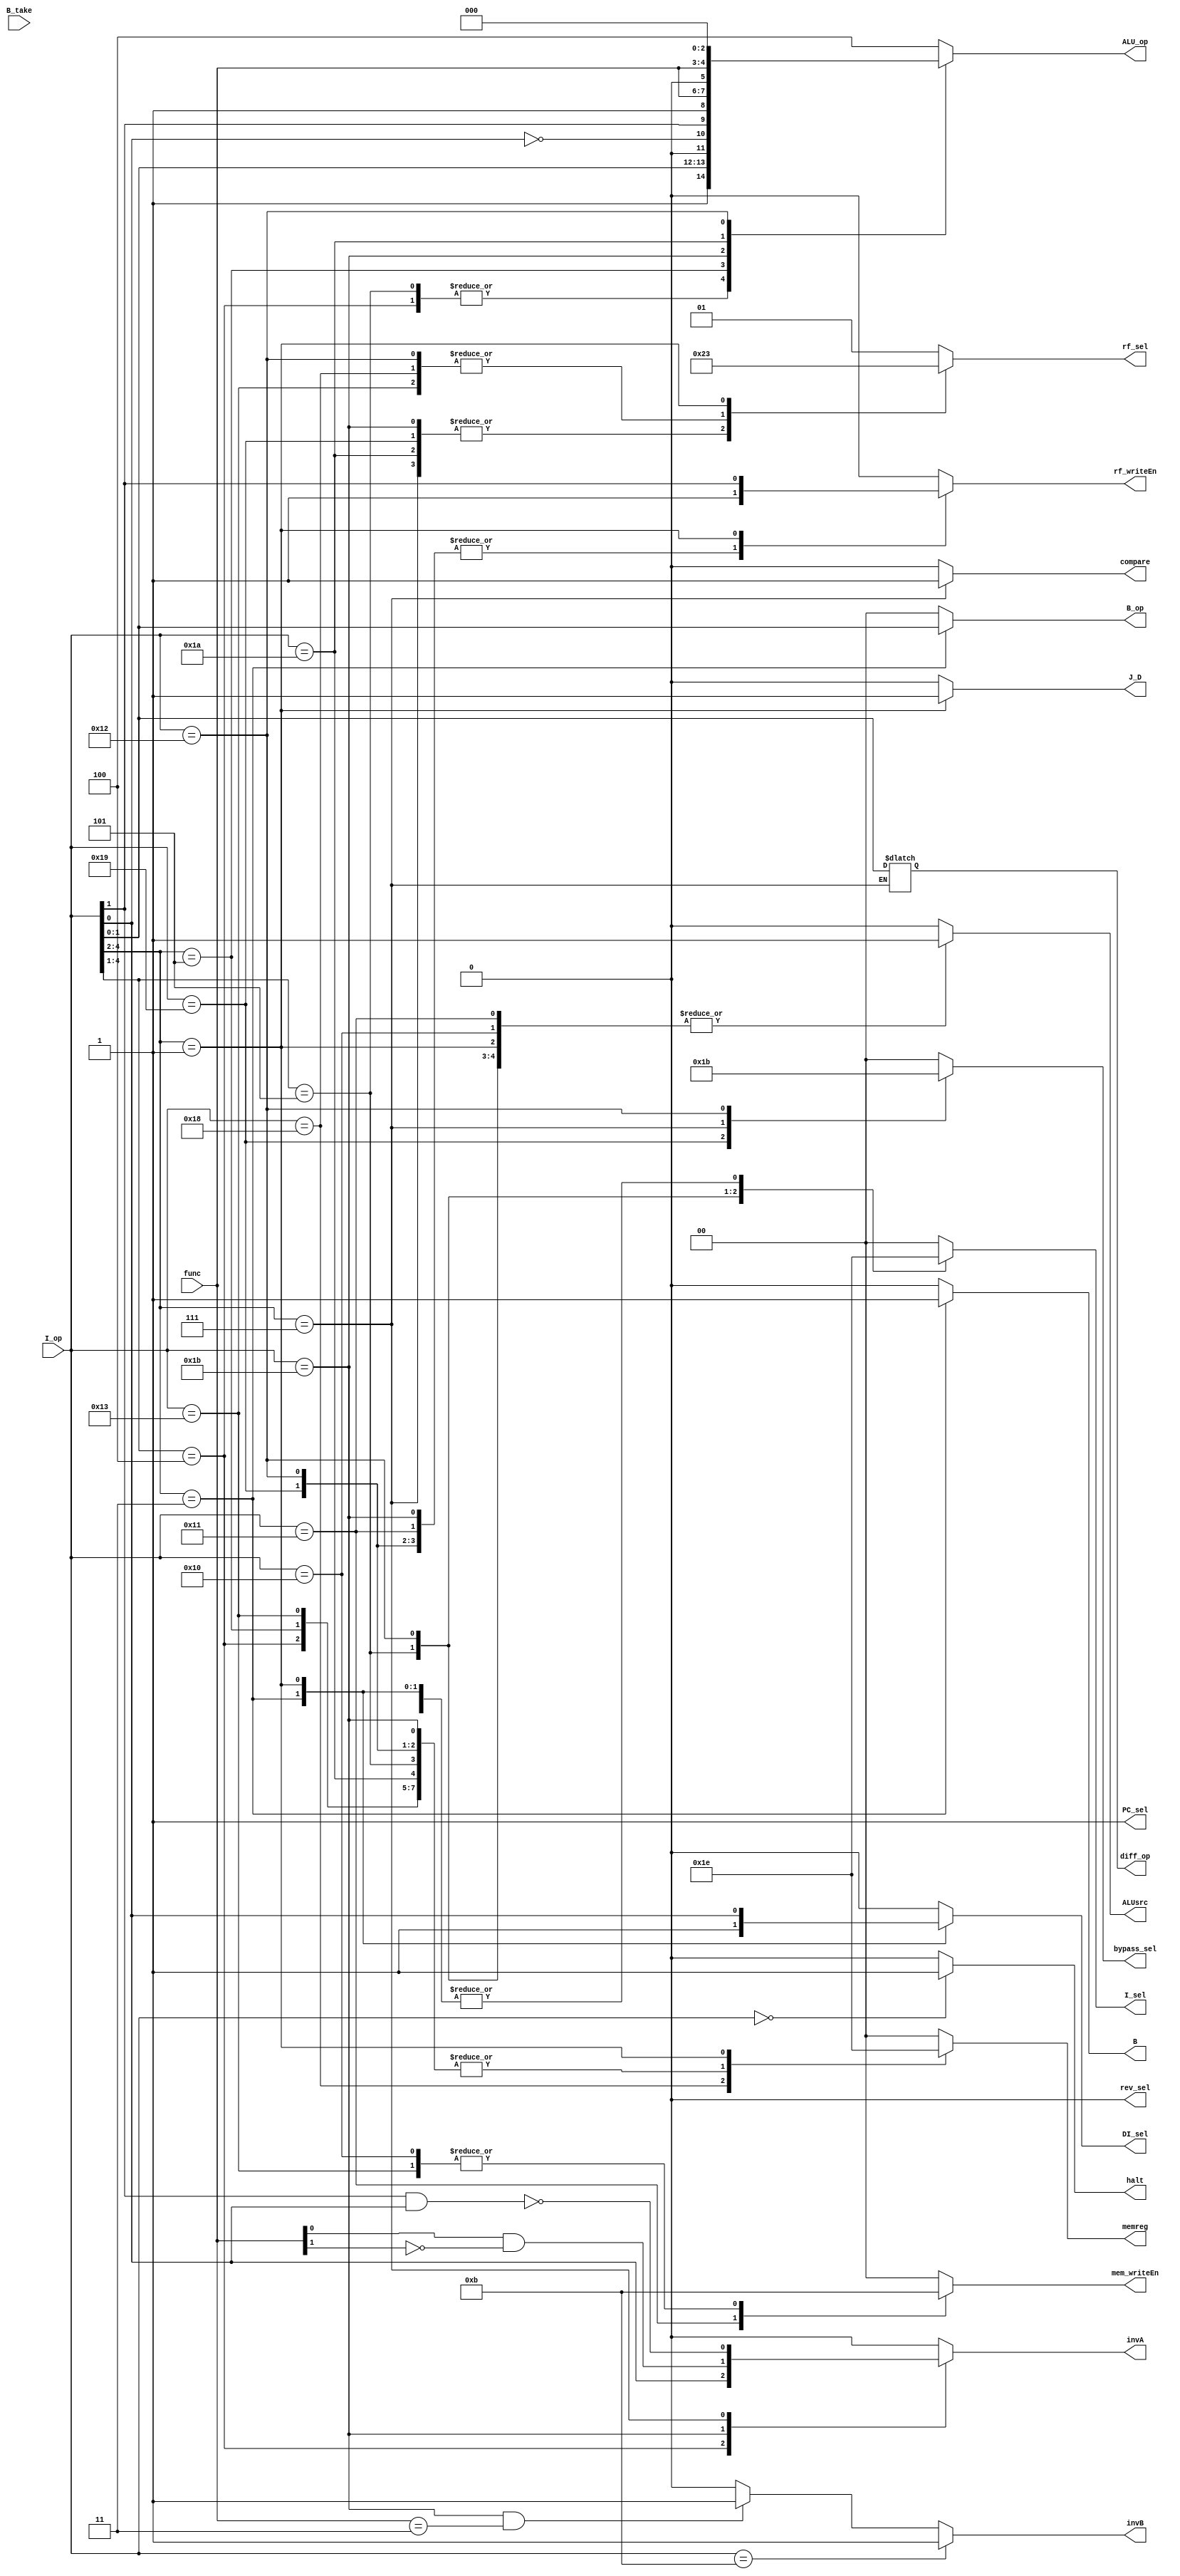
`default_nettype none
module control (/*F*/	halt,
				/*Ctr*/	J_D,
				/*D*/	rf_sel, I_sel, rf_writeEn, I_op, 
				/*EX*/	ALUsrc, ALU_op, PC_sel, DI_sel, rev_sel, func, invB, invA, B_op, B, bypass_sel, B_take,
				/*MEM*/	mem_writeEn, 
				/*WB*/	memreg, diff_op, compare);
				
    output reg [1:0] rf_sel, memreg, diff_op, I_sel, mem_writeEn, B_op, bypass_sel;
	output reg J_D,	rf_writeEn, PC_sel, DI_sel, compare, rev_sel, ALUsrc, B, invA, halt;
	output reg [2:0] ALU_op;
	output wire invB;
    input wire [4:0] I_op;
	input wire [1:0] func;
	input wire B_take;

    assign invB = (I_op == 5'b01011)? 1'b1: ((I_op==5'b11011) & (func == 2'b11))? 1'b1: 1'b0; 
	//assign halt = (I_op == 5'b00000)? 1'b1: 1'b0;
	always @* begin
		/*F*/	
		halt = 1'b0;
		J_D = 1'b0;
		rf_writeEn = 1'b0;
		mem_writeEn = 2'b00;
		PC_sel = 1'b1;
		I_sel = 2'b00;
		ALU_op = 3'b100;
		ALUsrc = 1'b0;
		memreg = 2'b00;	//
		rev_sel = 1'b0;
		compare = 1'b0;
		rf_sel = 2'b01;
		bypass_sel = 2'b00;
		invA = 1'b0;
		B = 1'b0;
		B_op = 2'b00;
		DI_sel = 1'b0;
		
		casex (I_op)
		5'b00000 : begin /*Halt*/ 
						/*F*/	halt = 1'b1;
								rf_writeEn = 1'b0; 
								mem_writeEn = 2'b00; 
					end 
			
		5'b00001 : begin /*NOP*/ 
			rf_writeEn = 1'b0; 
			mem_writeEn = 2'b00; 
			end 
		5'b0100? : begin /*ADDI, SUBI*/ 
						/*D*/ 	rf_sel = 2'b01;	I_sel = 2'b00; rf_writeEn = 1'b1; 
						/*EX*/	ALU_op = {1'b1, I_op[1:0]};	ALUsrc = 1'b1;	PC_sel = 1'b1; bypass_sel = 2'b00; invA = I_op[0];
						/*MEM*/	mem_writeEn = 2'b00; 
						/*WB*/	memreg = 2'b11;
			end 
		5'b0101? : begin /*XORI, ANDNI*/ 
			rf_writeEn = 1'b1; 
			mem_writeEn = 2'b00; 
			PC_sel = 1'b1;
			I_sel = 2'b01;
			ALU_op = {1'b1, I_op[1:0]};
			ALUsrc = 1'b1;
			memreg = 2'b11;
			rev_sel = 1'b0;
			compare = 1'b0;
			
			
			/*D*/ rf_sel = 2'b01;
			end 
		5'b101?? : begin /*ROLI, RORI...*/ 
			rf_writeEn = 1'b1; 
			PC_sel = 1'b1;		
			ALU_op = {1'b0, ~I_op[0], I_op[1]}; //Rotate
			ALUsrc = 1'b1;
			memreg = 2'b11;
			/*D*/ rf_sel = 2'b01;
			end 
		5'b10000 : begin /*ST*/ 
			rf_writeEn = 1'b0; 
			mem_writeEn = 2'b11; 
			PC_sel = 1'b1;
			I_sel = 2'b00;
			ALU_op = 3'b100; //Add
			ALUsrc = 1'b1;
			
			end 
		5'b10001 : begin /*LD*/ 
			rf_writeEn = 1'b1; 
			mem_writeEn = 2'b10; 
			PC_sel = 1'b1;
			I_sel = 2'b00;
			ALU_op = 3'b100; //Add
			ALUsrc = 1'b1;
			memreg = 2'b00;
			compare = 1'b0;
			
			/*D*/ rf_sel = 2'b01;
			end 
		5'b10011 : begin /*STU*/ 
			rf_writeEn = 1'b1; 
			mem_writeEn = 2'b11; 
			PC_sel = 1'b1;
			ALU_op = 3'b100; //Add
			ALUsrc = 1'b1;
			memreg = 2'b11;
			compare = 1'b0;
			
			/*D*/ rf_sel = 2'b00;
			end 
		5'b11001 : begin /*BTR*/ 
			rf_writeEn = 1'b1; 
			/*EX*/bypass_sel = 2'b01;
			/*D*/ rf_sel = 2'b10;
			/*MEM*/memreg = 2'b11;
			end 
		5'b11011 : begin /*ADD, SUB...*/ 
			rf_writeEn = 1'b1; 
			mem_writeEn = 2'b00; 
			PC_sel = 1'b1;
			/*EX*/ALU_op = {1'b1, func}; invA = func[0] & ~func[1];
			/*MEM*/memreg = 2'b11;
			/*D*/ rf_sel = 2'b10;
			end 
		5'b11010 : begin /*SLL...*/ 
						rf_writeEn = 1'b1; 
						PC_sel = 1'b1;
						ALU_op = {1'b0, func};
						/*D*/ rf_sel = 2'b10;
						/*MEM*/ memreg = 2'b11;
			end 
		5'b111?? : begin /*SEQ, SLT,	SCO...*/ 
						/*D*/ 	rf_sel = 2'b10; rf_writeEn = 1'b1; 
						/*EX*/	ALU_op = 3'b100; invA = ~(I_op[1] & I_op[0]);	bypass_sel = 2'b10;
						/*MEM*/	memreg = 2'b11;	//
						/*WB*/	compare = 1'b1; diff_op = I_op[1:0];
					end
		5'b011?? : begin /*BEQZ...*/ 
						/*D*/ 	rf_writeEn = 1'b0; I_sel = 2'b10;
						/*EX*/	B_op = I_op[1:0]; B = 1'b1; DI_sel = 1'b1; 
						/*MEM*/	mem_writeEn = 2'b00; 
						/*WB*/	compare = 1'b0; 
					end
		5'b11000 : begin /*LBI*/ 
						/*D*/	rf_writeEn = 1'b1; rf_sel = 2'b00; I_sel = 2'b10;
						/*EX*/	ALU_op = 3'b100; ALUsrc = 1'b0; mem_writeEn = 2'b00; rev_sel = 1'b0;
						/*MEM*/	PC_sel = 1'b1; 
						/*WB*/	memreg = 2'b01; compare = 1'b0;
					end 
		5'b10010 : begin /*SLBI*/ 
						/*D*/ 	rf_writeEn = 1'b1; rf_sel = 2'b00; I_sel = 2'b11;
						/*EX*/	ALU_op = {3'b000}; bypass_sel = 2'b11; ALUsrc = 1'b1;
						/*MEM*/ 
						/*WB*/	memreg = 2'b11;
					end
					
		5'b001?? : begin /*JD...*/ 
						/*D*/ 	rf_writeEn = I_op[1]; rf_sel = 2'b11;	J_D = 1'b1;
						/*EX*/	ALU_op = 3'b100; bypass_sel = 2'b00; DI_sel = I_op[0]; 
								ALUsrc = 1'b1; I_sel = 2'b10;
						/*WB*/	memreg = 2'b10;
					end
		/*default	:	begin
								halt = 1'b0;
								rf_writeEn = 1'b0;
								mem_writeEn = 2'b00;
								PC_sel = 1'b1;
								I_sel = 2'b00;
								ALU_op = 3'b100;
								ALUsrc = 1'b0;
								memreg = 2'b00;
								rev_sel = 1'b0;
								compare = 1'b0;
								rf_sel = 2'b01;
								bypass_sel = 2'b00;
								invA = 1'b0;
								B = 1'b0;
								B_op = 2'b00;
								DI_sel = 1'b0;
					end
					*/
	endcase
	end 
endmodule
`default_nettype wire